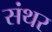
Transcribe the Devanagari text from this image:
संथर